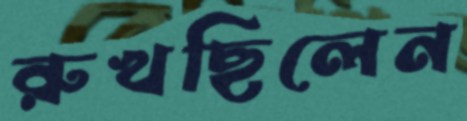
রুখছিলেন